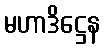
မဟာဒိဋ္ဌေန